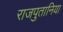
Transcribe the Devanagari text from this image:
राजपुतानिया